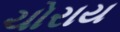
ચોરાય